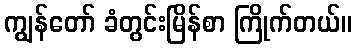
ကျွန်တော် ခံတွင်းမြိန်စာ ကြိုက်တယ်။